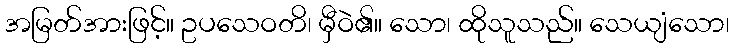
အမြတ်အားဖြင့်။ ဥပသေဝတိ၊ မှီဝဲ၏။ သော၊ ထိုသူသည်။ သေယျံသော၊